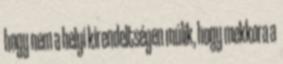
hogy nem a helyi kirendeltségen múlik, hogy mekkora a